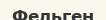
Фельген